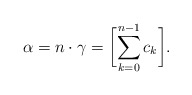
\begin{align*}\alpha=n\cdot\gamma=\biggl[\sum_{k=0}^{n-1}c_k\biggr].\end{align*}